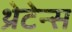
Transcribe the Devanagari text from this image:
थ्रेटेन्स